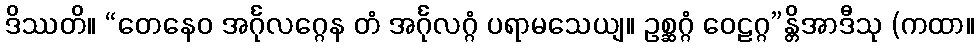
ဒိဿတိ။ “တေနေဝ အင်္ဂုလဂ္ဂေန တံ အင်္ဂုလဂ္ဂံ ပရာမသေယျ။ ဥစ္ဆဂ္ဂံ ဝေဠဂ္ဂ”န္တိအာဒီသု (ကထာ။